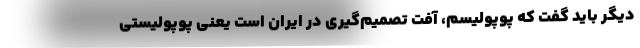
دیگر باید گفت که پوپولیسم، آفت تصمیم‌گیری در ایران است یعنی پوپولیستی